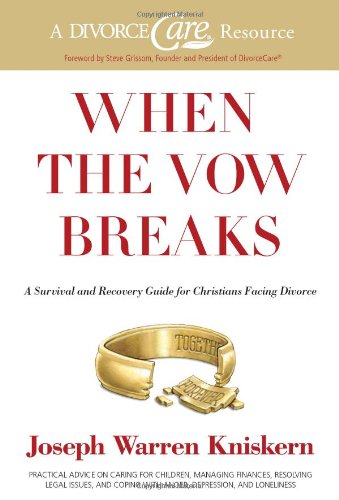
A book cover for When the Vow Breaks: A Survival and Recovery Guide for Christians Facing Divorce; Joseph Warren Kniskern; Self-Help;